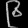
Digit: ၉